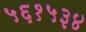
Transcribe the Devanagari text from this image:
५६१५३४